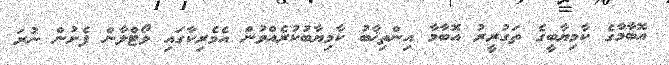
އޮބާމާގެ ކާމިޔާބީގެ ތަގުރީރު އޮބާމާ އިންތިޚާބު ކާމިޔާބުކުރެއްވުން އެމެރިކާގައި ވޯޓްލާން ފެށުން ނުރަ